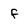
Character: f